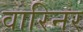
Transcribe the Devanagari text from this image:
वारिनर